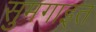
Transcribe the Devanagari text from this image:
सुमगाइत